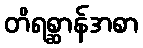
တိရစ္ဆာန်အစာ